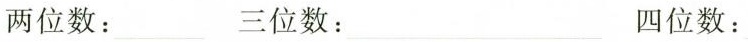
两位数： 三位数： 四位数：